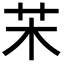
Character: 㭉